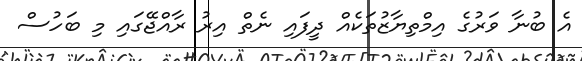
އެ ބުނާ ވަރުގެ އިމްތިޔާޒުތަކެއް ދީފައި ނެތް އިރު ރާއްޖޭގައި މި ބަހުސް